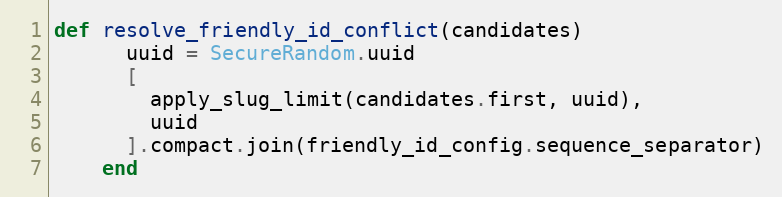
Language: Ruby
def resolve_friendly_id_conflict(candidates)
      uuid = SecureRandom.uuid
      [
        apply_slug_limit(candidates.first, uuid),
        uuid
      ].compact.join(friendly_id_config.sequence_separator)
    end